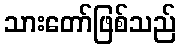
သားတော်ဖြစ်သည်